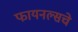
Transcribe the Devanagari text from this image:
फायनल्सचे